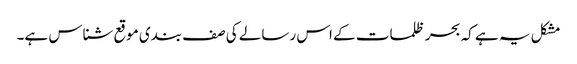
مشکل یہ ہے کہ بحر ظلمات کے اس رسالے کی صف بندی موقع شناس ہے۔